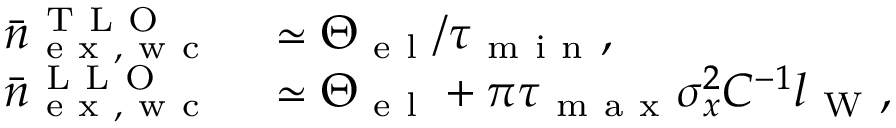
\begin{array} { r l } { \bar { n } _ { \mathrm { ~ e ~ x ~ , ~ w ~ c ~ } } ^ { \mathrm { ~ T ~ L ~ O ~ } } } & { { } \simeq \Theta _ { \mathrm { ~ e ~ l ~ } } / \tau _ { \mathrm { ~ m ~ i ~ n ~ } } , } \\ { \bar { n } _ { \mathrm { ~ e ~ x ~ , ~ w ~ c ~ } } ^ { \mathrm { ~ L ~ L ~ O ~ } } } & { { } \simeq \Theta _ { \mathrm { ~ e ~ l ~ } } + \pi \tau _ { \mathrm { ~ m ~ a ~ x ~ } } \sigma _ { x } ^ { 2 } C ^ { - 1 } l _ { \mathrm { ~ W ~ } } , } \end{array}